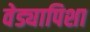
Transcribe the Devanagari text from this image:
वेड्यापिशा